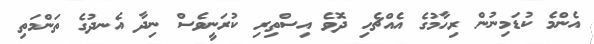
އެންމެ ކުޑަމިނުން ރިހާމުގެ އެއްޗެހި ދޮވެ އިސްތިރި ކުރަނީވެސް ނިދާ އެނދުގެ ތަންމަތި